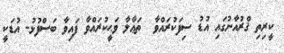
ކީރިތި ޤްރުއާނުގައި އުޑު ސިފަކުރައްވާ  ތަޢާލާ ވަޙީކުރައްވާ ފައިވާ ބަސްފުޅު- އުޑަކީ